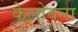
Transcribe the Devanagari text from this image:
केलोवना